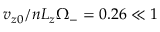
v _ { z 0 } / n L _ { z } \Omega _ { - } = 0 . 2 6 \ll 1